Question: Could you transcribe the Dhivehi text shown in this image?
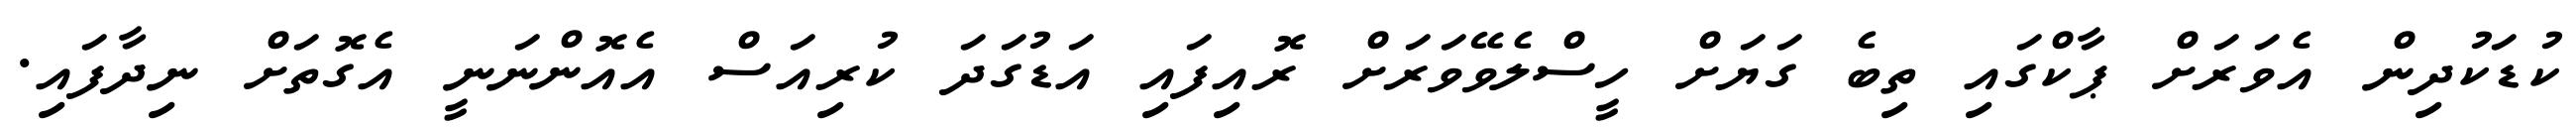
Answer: ކުޑަކުދިން އެވަރަށް ޕާކްގައި ތިބެ ގަޔަށް ހީސްލެވޭވަރަށް ރޮއިފައި އަޑުގަދަ ކުރިއަސް އެއޮންނަނީ އެގޮތަށް ނިދާފައި.